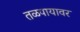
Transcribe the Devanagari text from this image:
तळपायावर